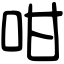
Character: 咁